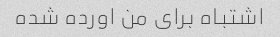
اشتباه برای من اورده شده